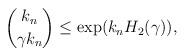
LaTeX: \begin{align*} \binom{k_n}{\gamma k_n} \leq \exp(k_n H_2(\gamma)),\end{align*}